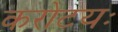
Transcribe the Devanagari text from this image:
करोटयः